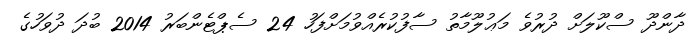
ދާންދޫ ސްކޫލަށް ދުރުވެ މަޢުލޫމާތު ސާފުކުރެއްވުމަށްފަހު 24 ސެޕްޓެންބަރު 2014 ބުދަ ދުވަހުގެ